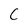
Character: C